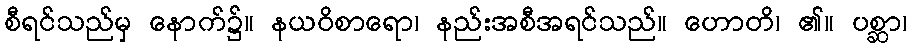
စီရင်သည်မှ နောက်၌။ နယဝိစာရော၊ နည်းအစီအရင်သည်။ ဟောတိ၊ ၏။ ပစ္ဆာ၊